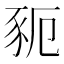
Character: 䝈